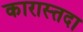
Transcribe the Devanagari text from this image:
कारास्तदा